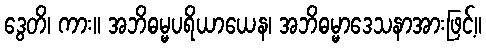
ဒွေတိ၊ ကား။ အဘိဓမ္မပရိယာယေန၊ အဘိဓမ္မာဒေသနာအားဖြင့်။